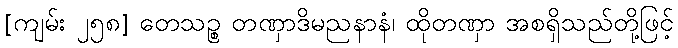
[ကျမ်း ၂၅၈] တေသဉ္စ တဏှာဒိမညနာနံ၊ ထိုတဏှာ အစရှိသည်တို့ဖြင့်